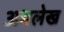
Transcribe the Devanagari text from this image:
अभलेख